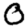
Digit: 0